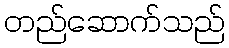
တည်ဆောက်သည်